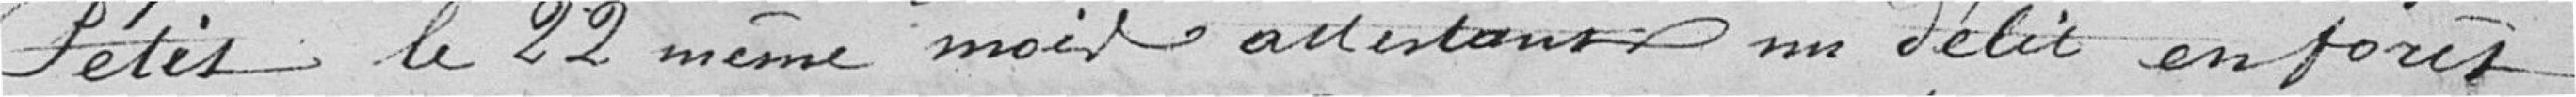
Petit le 22 même mois attestant un délit en forêt